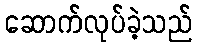
ဆောက်လုပ်ခဲ့သည်